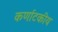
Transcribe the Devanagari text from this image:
कर्णाटकीय